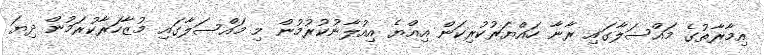
އިމާރާތުގެ މައްސަލާގައި ރާނާ ހައްޔަރުކުރިކަން އިއްޔެ އިއުލާނުކުރުމުން މި މައްސަލާގައި މުޒާހަރާކުރަމުން ދިޔަ